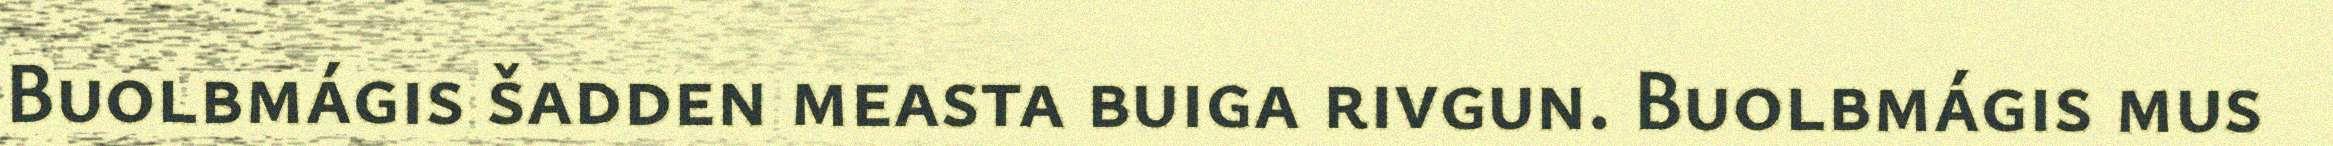
Buolbmágis šadden measta buiga rivgun. Buolbmágis mus